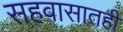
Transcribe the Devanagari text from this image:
सहवासातही